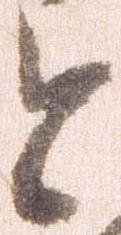
と